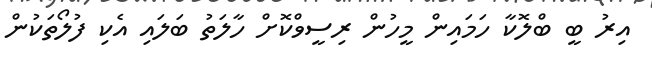
އިރު ބީ ބްލޮކާ ހަމައިން މީހުން ރިސީވްކޮށް ހާލަތު ބަލައި އެކި ފުލޯތަކުން